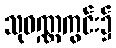
သုဝဏ္ဏကွင်း၌